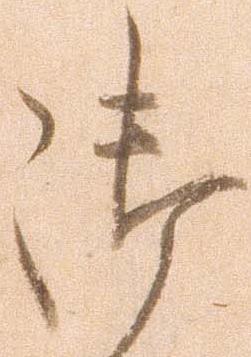
御